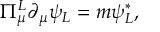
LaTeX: \Pi _ { \mu } ^ { L } \partial _ { \mu } \psi _ { L } = m \psi _ { L } ^ { * } ,